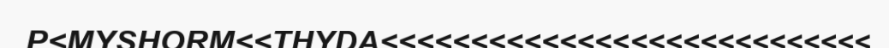
P<MYSHORM<<THYDA<<<<<<<<<<<<<<<<<<<<<<<<<<<<